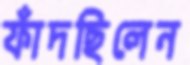
ফাঁদছিলেন